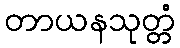
တာယနသုတ္တံ